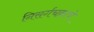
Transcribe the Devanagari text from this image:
निसर्गचक्राचे